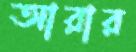
আরার